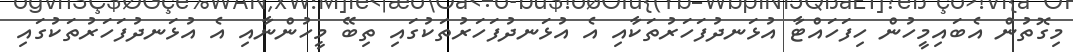
މިގޮތުން އެބައިމީހުން ހިފަހައްޓާ އުޅަނދުފަހަރުތަކާއި އެ އުޅަނދުފަހަރުތަކުގައި ތިބޭ މީހުންނާއި އެ އުޅަނދުފަހަރުތަކުގައި